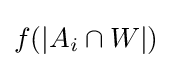
f(|A_{i}\cap W|)